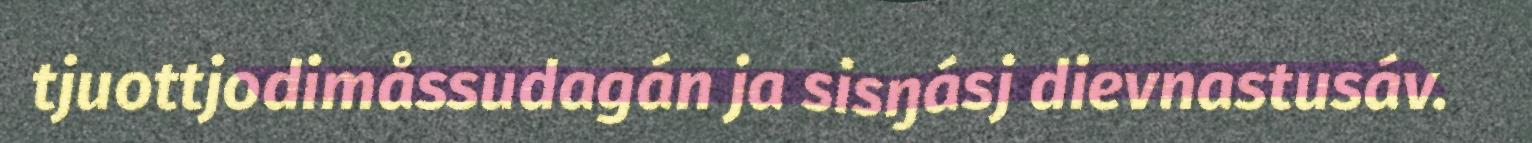
tjuottjodimåssudagán ja sisŋásj dievnastusáv.